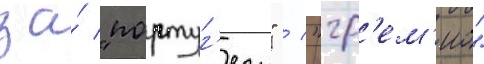
за́ "португ'езу" / "гр'ем'ио"